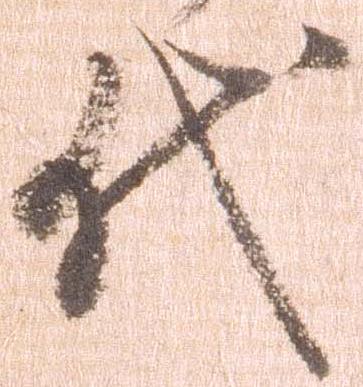
代